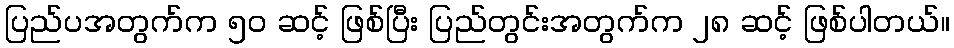
ပြည်ပအတွက်က ၅၀ ဆင့် ဖြစ်ပြီး ပြည်တွင်းအတွက်က ၂၈ ဆင့် ဖြစ်ပါတယ်။